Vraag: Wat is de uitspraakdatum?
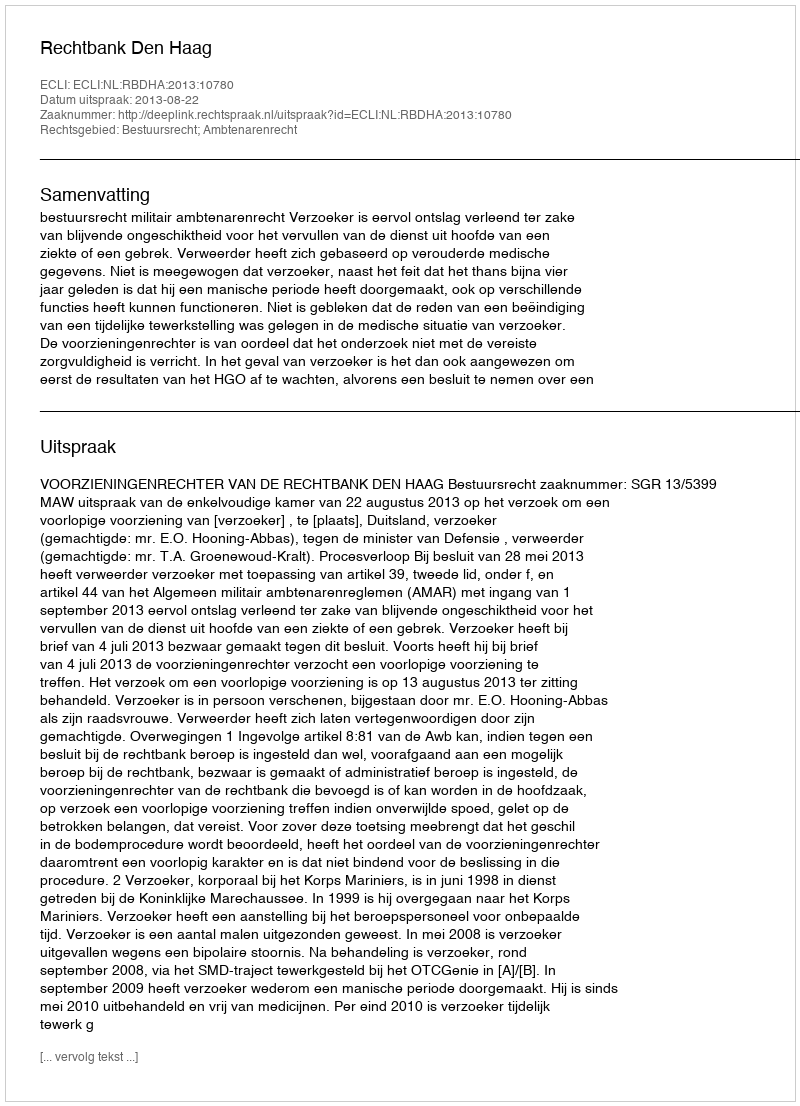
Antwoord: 2013-08-22